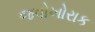
જવોખોરાક